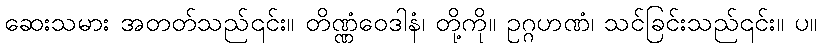
ဆေးသမား အတတ်သည်၎င်း။ တိဏ္ဏံဝေဒါနံ၊ တို့ကို။ ဥဂ္ဂဟဏံ၊ သင်ခြင်းသည်၎င်း။ ပ။